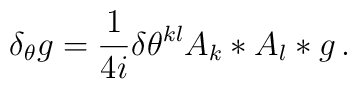
\delta_\theta g = \frac 1{4i} \delta\theta^{kl} A_k * A_l * g \,.